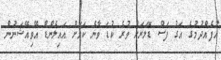
އުފެއްދުމުގެ އަގު ފަސް ޑޮލަރަށް ވުރެ ކުޑަ ވާނެ ކަމަށް އައިލެންޑް އޭވިއޭޝަނުން